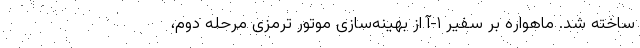
ساخته شد. ماهواره بر سفیر ۱-آ از بهینه‌سازی موتور ترمزی مرحله دوم،